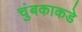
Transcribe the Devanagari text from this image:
चुंबकाकडे